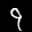
Digit: 9